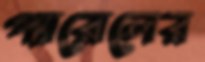
প্যারোলের